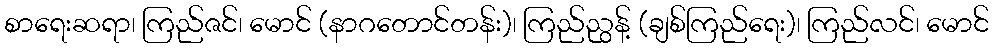
စာရေးဆရာ၊ ကြည်ဇင်၊ မောင် (နာဂတောင်တန်း)၊ ကြည်ညွန့် (ချစ်ကြည်ရေး)၊ ကြည်လင်၊ မောင်